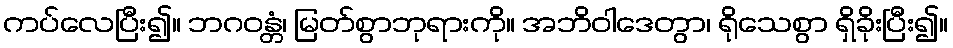
ကပ်လေပြီး၍။ ဘဂဝန္တံ၊ မြတ်စွာဘုရားကို။ အဘိဝါဒေတွာ၊ ရိုသေစွာ ရှိခိုးပြီး၍။